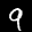
Label: 9